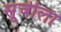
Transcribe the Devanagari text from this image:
सूचीला